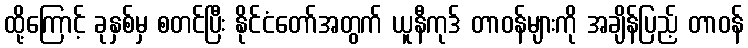
ထို့ကြောင့် ခုနှစ်မှ စတင်ပြီး နိုင်ငံတော်အတွက် ယူနီကုဒ် တာဝန်များကို အချိန်ပြည့် တာဝန်